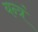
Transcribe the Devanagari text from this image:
यन्त्रं